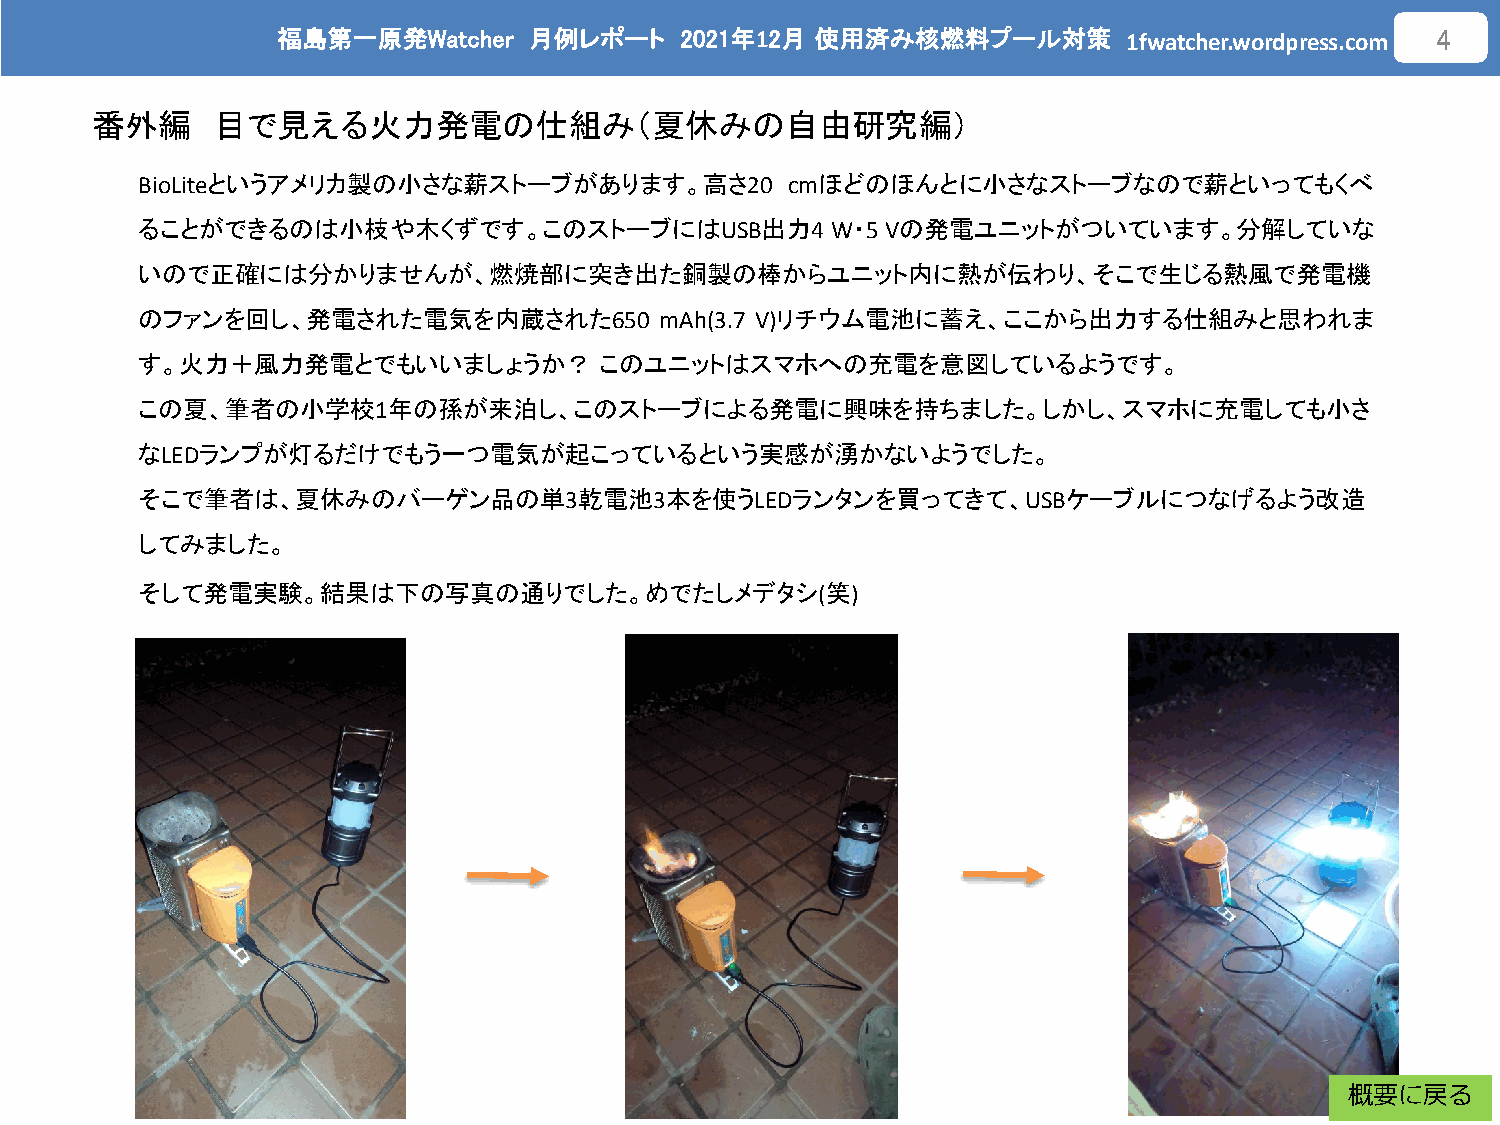
福島第一原発Watcher    月例レポート    2021年12月 使用済み核燃料プール対策
 1fwatcher.wordpress.com
 4
 番外編     目で見える火力発電の仕組み（夏休みの自由研究編）
 BioLiteというアメリカ製の小さな薪ストーブがあります。高さ20         cmほどのほんとに小さなストーブなので薪といってもくべ
 ることができるのは小枝や木くずです。このストーブにはUSB出力4              W・5 Vの発電ユニットがついています。分解していな
 いので正確には分かりませんが、燃焼部に突き出た銅製の棒からユニット内に熱が伝わり、そこで生じる熱風で発電機
 のファンを回し、発電された電気を内蔵された650           mAh(3.7 V)リチウム電池に蓄え、ここから出力する仕組みと思われま
 す。火力＋風力発電とでもいいましょうか？           このユニットはスマホへの充電を意図しているようです。
 この夏、筆者の小学校1年の孫が来泊し、このストーブによる発電に興味を持ちました。しかし、スマホに充電しても小さ
 なLEDランプが灯るだけでもう一つ電気が起こっているという実感が湧かないようでした。
 そこで筆者は、夏休みのバーゲン品の単3乾電池3本を使うLEDランタンを買ってきて、USBケーブルにつなげるよう改造
 してみました。
 そして発電実験。結果は下の写真の通りでした。めでたしメデタシ(笑)
 概要に戻る